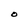
Character: O